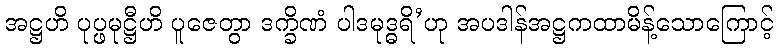
အဋ္ဌဟိ ပုပ္ဖမုဋ္ဌီဟိ ပူဇေတွာ ဒက္ခိဏံ ပါဒမုဒ္ဓရိ’ဟု အပဒါန်အဋ္ဌကထာမိန့်သောကြောင့်